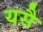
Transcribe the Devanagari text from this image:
यसै